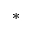
^ *